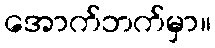
အောက်ဘက်မှာ။